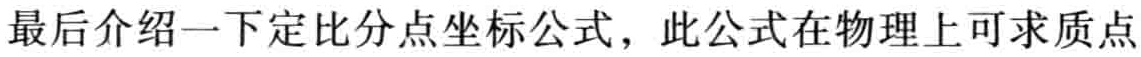
最后介绍一下定比分点坐标公式，此公式在物理上可求质点